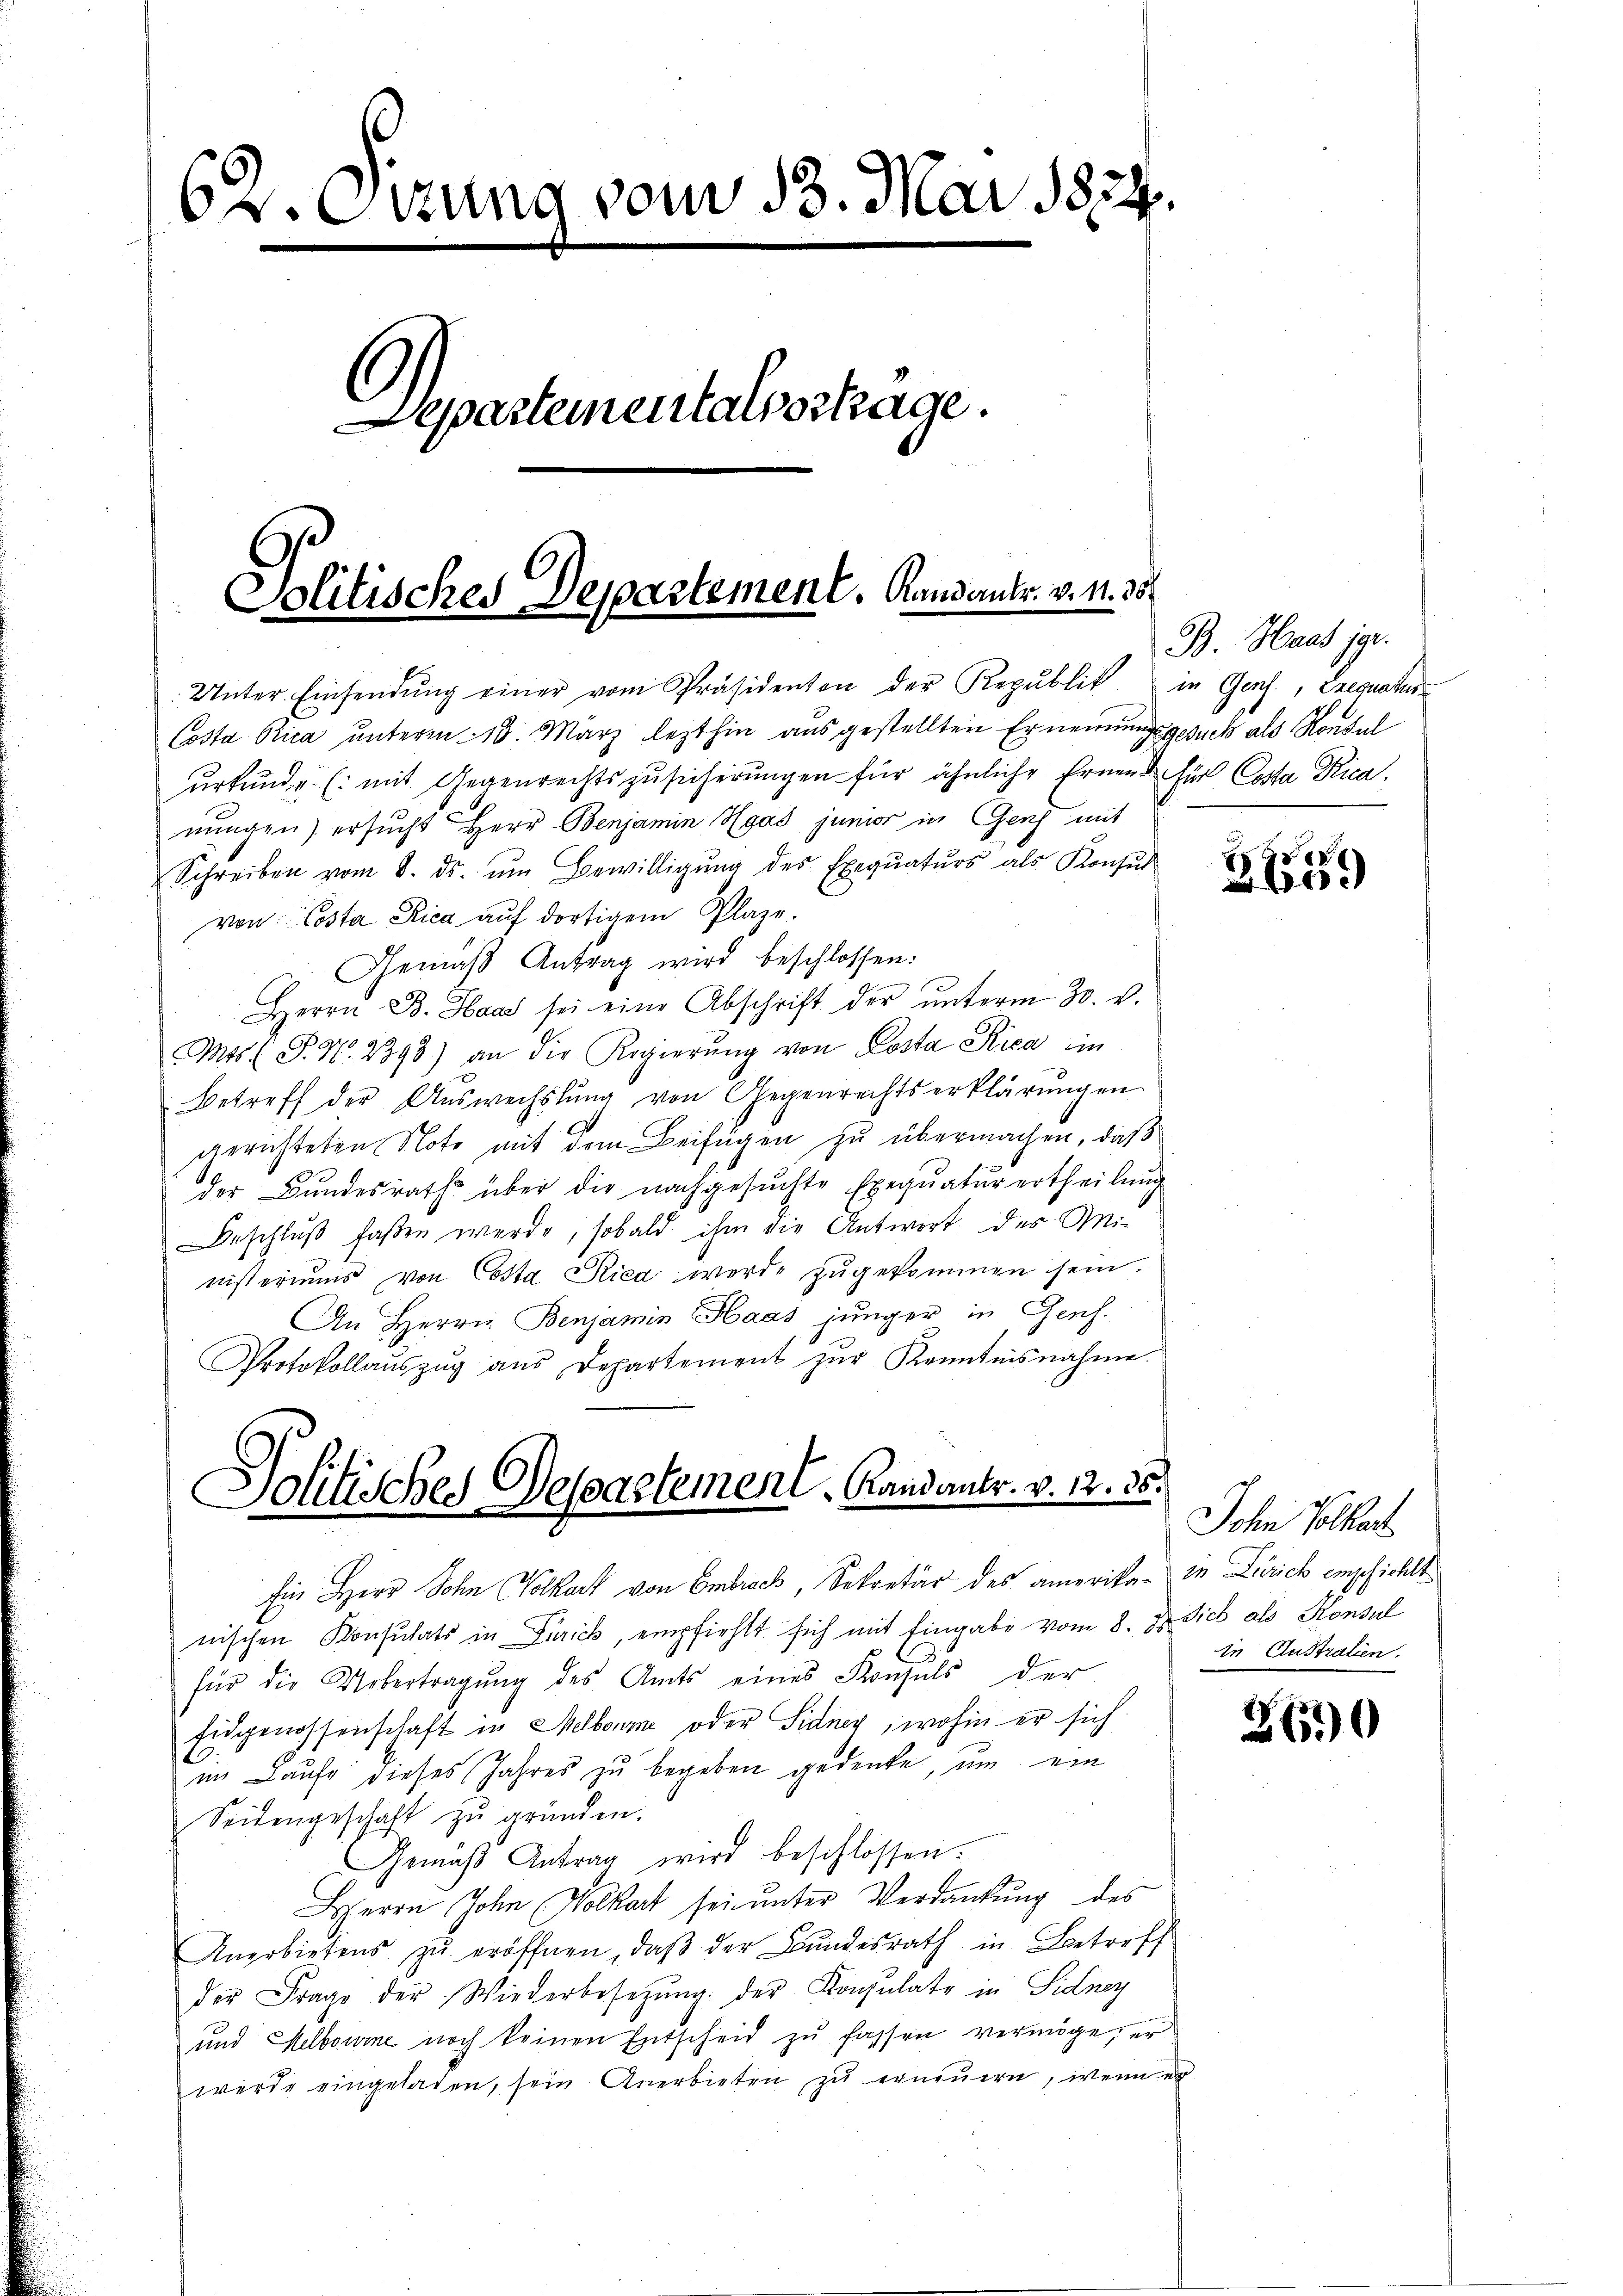
6v. Etzung vom 13. Mai 1874.
Separtementarportage.
Politisches Departement. Randanter. v. 1. 35

Unter Einsendŭng einer vom Präsidenten der Republik in Genf, Exequatus-
Costa Pica unterm 18. März lezthin ausgestellten Ernennungsgesuch als Konsul
urkunde (mit Gegenrechtszusicherungen für ähnliche Ernen für Costa Rica.
nŭngen) ersŭcht Herr Benjamin Hgas junior in Genf mit
Schreiben vom 8. ds. ŭm Bewilligŭng des Exequaturs als Konsul
von Costa Rica aŭf dortigem Plaze.
Gemäß Antrag wird beschlossen:
Herrn B. Haar sei eine Abschrift der ŭnterm 30. v.
Mts. S. N. 2893) an die Regierŭng von Costa Rica in
Betreff der Aŭswechslung von Gegenrechtserklärŭngen
gerichteten Note mit dem Beifügen zu übermachen, daß
der Bundesrath über die nachgesuchte Exequaturertheilung
Beschluß faßen werde, sobald ihm die Antwort des Ministeriums von Costa Ried werde zugekommen sein.
An Herrn Benjamin Haas jünger in Genf.
Protokollaŭszŭg aŭs Departement zŭr Kenntnisnahme.
Solitisches Dessartement. Randantr. v. 12. 36.
fin Herr Sohn Volkart von Embrach, Sekretär des amerika- in Zürich empfiehlt
nischen Konsulats in Turick, empfiehlt sich mit Eingabe vom 8. ds. Sieb als Konsul
für die Uebertragung des Amts eines Konsuls der
Eidgenossenschaft in Melboure oder Sidner, wohin er sich
im Laufe dieses Jahres zu begeben gedenke, um ein
Seitengeschaft zu gründen.
Gemäβ Antrag wird beschlossen.
HHerrn John (Volkart sei unter Verdankung des
Anerbietens zŭ eröffnen, daβ der Bŭndesrath in Betreff
der Frage der Wiederbesetzŭng der Konsulate in Sidney
und Helbourne noch keinen Entscheid zu fassen vermöge, er
werde eingeladen, sein Anerbieten zu erneuern, wenn er

B. Haas jgr.

x
00

John Volkart
in Australien.

260